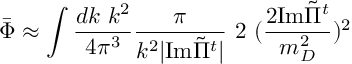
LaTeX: \bar { \Phi } \approx \int { \frac { d k \ k ^ { 2 } } { 4 \pi ^ { 3 } } } { \frac { \pi } { k ^ { 2 } \vert { \mathrm { I m } } { \tilde { \Pi } } ^ { t } \vert } } \ 2 \ ( \frac { 2 { \mathrm { I m } } { \tilde { \Pi } } ^ { t } } { m _ { D } ^ { 2 } } ) ^ { 2 }